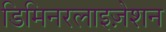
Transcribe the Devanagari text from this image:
डिमिनरलाइज़ेशन